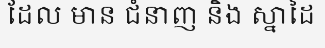
ដែល មាន ជំនាញ និង ស្នាដៃ